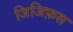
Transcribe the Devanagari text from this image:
जिजिफ़स